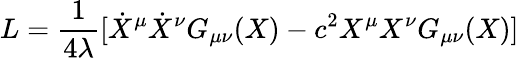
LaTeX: L={\frac{1}{4{\lambda}}}[{\dot{X}^{\mu}}{\dot{X}^{\nu}}G_{\mu\nu}(X)-c^{2}{X^{\mu}}{X^{\nu}}G_{\mu\nu}(X)]